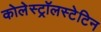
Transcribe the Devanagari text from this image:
कोलेस्ट्रॉलस्टेटिन